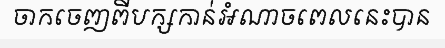
ចាកចេញពីបក្សកាន់អំណាចពេលនេះបាន